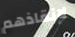
لإنقاذهم